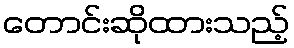
တောင်းဆိုထားသည့်